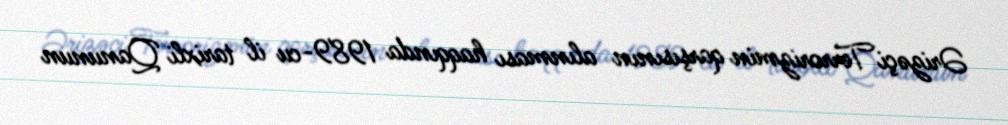
Ərizəçi Terrorizmin qarşısının alınması haqqında 1989-cu il tarixli Qanunun